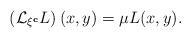
LaTeX: \begin{align*}(\mathcal{L}_{\xi ^{\mathbf{c}}}L)\left( x,y\right) =\mu L(x,y).\end{align*}